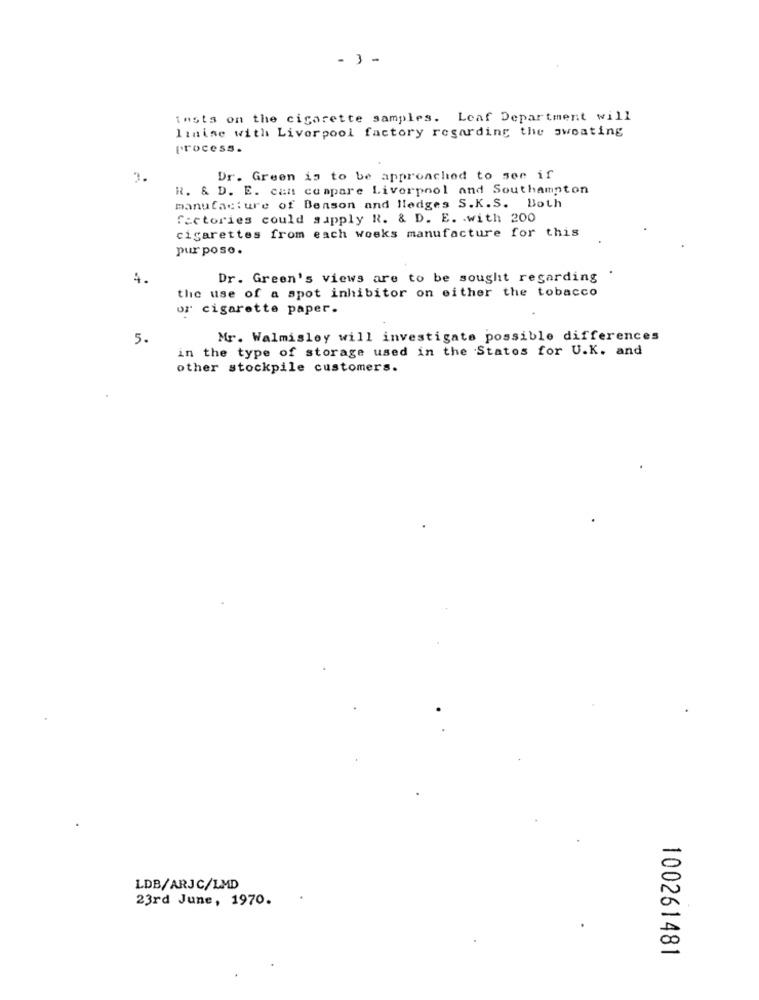
- -
tests on the cigarette samples. Leaf Department will
linise with Liverpool factory regarding the sweating
process.
3.
Dr. Green is to be approached to see if
R. & D. E. can compare Liverpool and Southampton
manufacture of Benson and Hledges S.K.S. Both
factories could supply R. & D. E. . with 200
cigarettes from each woeks manufacture for this
purpose .
4.
Dr. Green's views are to be sought regarding
the use of a spot inhibitor on either the tobacco
or cigarette paper.
5.
Mr. Walmisley will investigate possible differences
in the type of storage used in the States for U.K. and
other stockpile customers.
LDB/ARJC/LMD
23rd June, 1970.
100261481